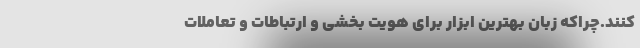
‌کنند.چراکه زبان بهترین ابزار برای هویت بخشی و ارتباطات و تعاملات